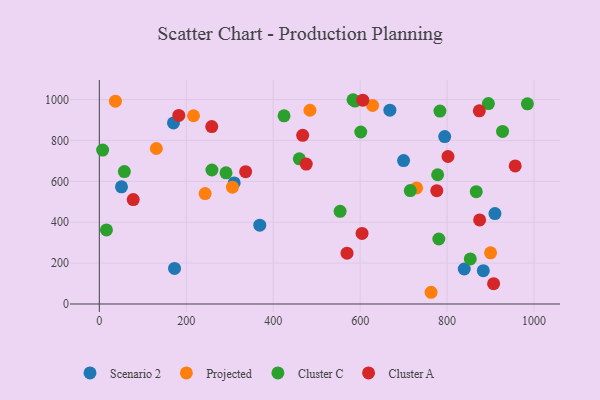
{"axis": {"x": "Investment", "y": "Sales"}, "legend": ["Cluster A", "Cluster C", "Projected", "Scenario 2"], "data": [{"x": "794.5", "y": 818.7, "type": "Scenario 2"}, {"x": "173.0", "y": 173.9, "type": "Scenario 2"}, {"x": "883.3", "y": 162.8, "type": "Scenario 2"}, {"x": "51.0", "y": 572.9, "type": "Scenario 2"}, {"x": "910.1", "y": 442.4, "type": "Scenario 2"}, {"x": "839.5", "y": 171.1, "type": "Scenario 2"}, {"x": "369.1", "y": 385.3, "type": "Scenario 2"}, {"x": "699.9", "y": 701.4, "type": "Scenario 2"}, {"x": "668.4", "y": 947.9, "type": "Scenario 2"}, {"x": "170.6", "y": 885.7, "type": "Scenario 2"}, {"x": "310.3", "y": 592.0, "type": "Scenario 2"}, {"x": "306.2", "y": 571.2, "type": "Projected"}, {"x": "243.4", "y": 540.3, "type": "Projected"}, {"x": "37.0", "y": 992.1, "type": "Projected"}, {"x": "484.5", "y": 947.8, "type": "Projected"}, {"x": "763.2", "y": 57.3, "type": "Projected"}, {"x": "216.7", "y": 920.9, "type": "Projected"}, {"x": "628.6", "y": 971.4, "type": "Projected"}, {"x": "729.9", "y": 567.9, "type": "Projected"}, {"x": "131.2", "y": 760.7, "type": "Projected"}, {"x": "900.0", "y": 250.5, "type": "Projected"}, {"x": "853.4", "y": 220.6, "type": "Cluster C"}, {"x": "601.4", "y": 841.3, "type": "Cluster C"}, {"x": "460.1", "y": 710.1, "type": "Cluster C"}, {"x": "259.0", "y": 655.4, "type": "Cluster C"}, {"x": "424.9", "y": 920.5, "type": "Cluster C"}, {"x": "927.6", "y": 843.9, "type": "Cluster C"}, {"x": "583.6", "y": 999.2, "type": "Cluster C"}, {"x": "588.1", "y": 992.5, "type": "Cluster C"}, {"x": "16.4", "y": 362.3, "type": "Cluster C"}, {"x": "783.5", "y": 943.8, "type": "Cluster C"}, {"x": "984.7", "y": 979.1, "type": "Cluster C"}, {"x": "867.1", "y": 549.2, "type": "Cluster C"}, {"x": "715.3", "y": 554.7, "type": "Cluster C"}, {"x": "781.0", "y": 318.0, "type": "Cluster C"}, {"x": "291.5", "y": 641.4, "type": "Cluster C"}, {"x": "7.6", "y": 753.0, "type": "Cluster C"}, {"x": "895.0", "y": 980.3, "type": "Cluster C"}, {"x": "57.6", "y": 647.7, "type": "Cluster C"}, {"x": "553.9", "y": 453.5, "type": "Cluster C"}, {"x": "778.3", "y": 632.3, "type": "Cluster C"}, {"x": "604.4", "y": 345.4, "type": "Cluster A"}, {"x": "874.1", "y": 945.0, "type": "Cluster A"}, {"x": "606.1", "y": 997.2, "type": "Cluster A"}, {"x": "569.8", "y": 248.4, "type": "Cluster A"}, {"x": "907.0", "y": 99.2, "type": "Cluster A"}, {"x": "476.0", "y": 684.3, "type": "Cluster A"}, {"x": "182.8", "y": 922.4, "type": "Cluster A"}, {"x": "802.1", "y": 721.4, "type": "Cluster A"}, {"x": "956.7", "y": 675.6, "type": "Cluster A"}, {"x": "336.6", "y": 647.2, "type": "Cluster A"}, {"x": "258.6", "y": 868.1, "type": "Cluster A"}, {"x": "874.9", "y": 411.0, "type": "Cluster A"}, {"x": "776.3", "y": 554.3, "type": "Cluster A"}, {"x": "467.8", "y": 825.2, "type": "Cluster A"}, {"x": "78.0", "y": 510.9, "type": "Cluster A"}]}